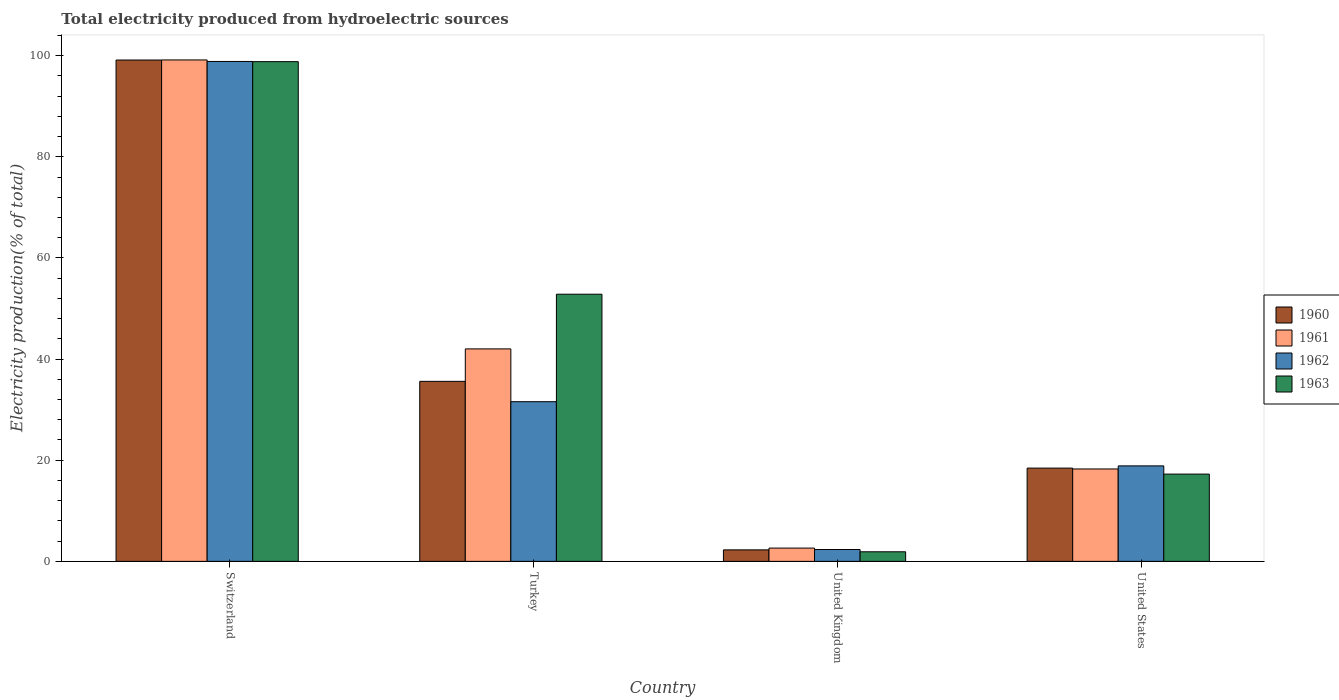
| Country | 1960 | 1961 | 1962 | 1963 |
 | --- | --- | --- | --- | --- |
 | Switzerland | 99.1 | 99.1 | 98.8 | 98.8 |
 | Turkey | 35.6 | 42 | 31.6 | 52.8 |
 | United Kingdom | 2.27 | 2.63 | 2.34 | 1.89 |
 | United States | 18.4 | 18.3 | 18.9 | 17.3 |